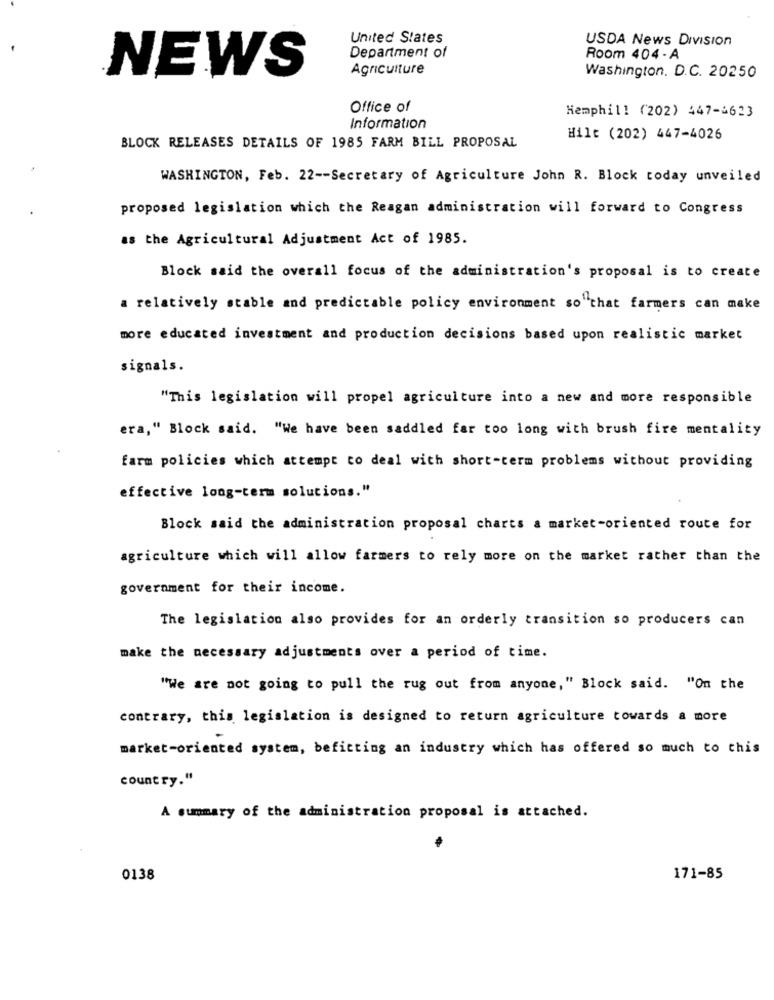
United States
USDA News Division
Department of
Room 404 - A
NEWS
Agriculture
Washington. D.C. 20250
Office of
Hemphill (202) 447-4623
Information
Hilt (202) 447-4026
BLOCK RELEASES DETAILS OF 1985 FARM BILL PROPOSAL
WASHINGTON, Feb. 22 -- Secretary of Agriculture John R. Block today unveiled
proposed legislation which the Reagan administration will forward to Congress
as the Agricultural Adjustment Act of 1985.
Block said the overall focus of the administration's proposal is to create
a relatively stable and predictable policy environment so"that farmers can make
more educated investment and production decisions based upon realistic market
signals.
"This legislation will propel agriculture into a new and more responsible
era," Block said. "We have been saddled far too long with brush fire mentality
farm policies which attempt to deal with short-term problems without providing
effective long-term solutions."
Block said the administration proposal charts a market-oriented route for
agriculture which will allow farmers to rely more on the market rather than the
government for their income.
The legislation also provides for an orderly transition so producers can
make the necessary adjustments over a period of time.
"We are not going to pull the rug out from anyone," Block said. "On the
contrary, this legislation is designed to return agriculture towards a more
market-oriented system, befitting an industry which has offered so much to this
country."
A summary of the administration proposal is attached.
0138
171-85